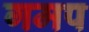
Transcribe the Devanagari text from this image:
गमप